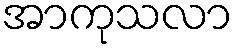
အာကုသလာ